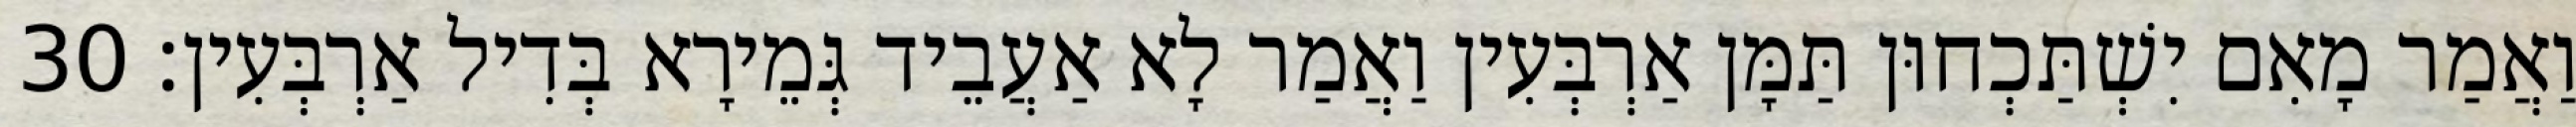
וַאֲמַר מָאִם יִשְׁתַּכְחוּן תַּמָּן אַרְבְּעִין וַאֲמַר לָא אַעֲבֵיד גְּמֵירָא בְּדִיל אַרְבְּעִין׃ 30